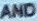
AND